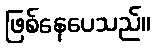
ဖြစ်နေပေသည်။